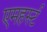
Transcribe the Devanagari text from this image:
एमहर्स्‍ट